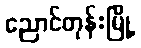
ညောင်တုန်းမြို့